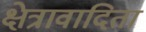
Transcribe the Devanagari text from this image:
क्षेत्रावादिता